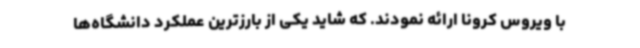
با ویروس کرونا ارائه نمودند. که شاید یکی از بارزترین عملکرد دانشگاه‌ها